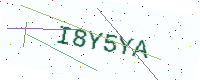
Text: I8Y5YA